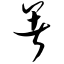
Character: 暑